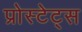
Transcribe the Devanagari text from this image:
प्रोस्टेट्स